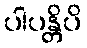
ပါပန္တိပိ